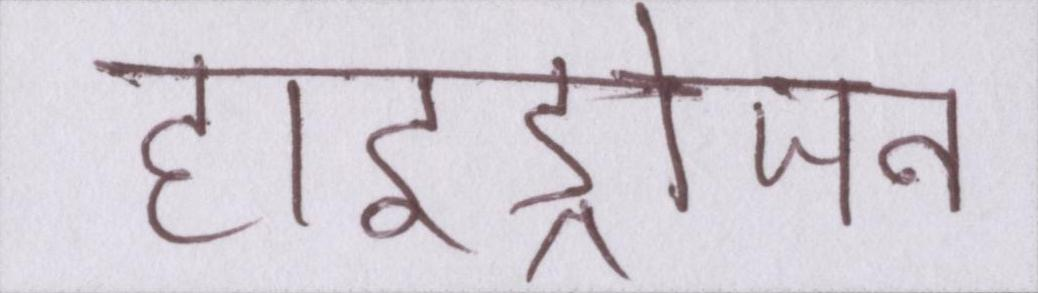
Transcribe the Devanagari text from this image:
हाइड्रोजन